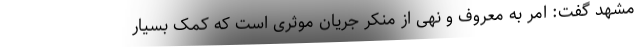
مشهد گفت: امر به معروف و نهی از منکر جریان موثری است که کمک بسیار